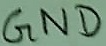
Text: GND